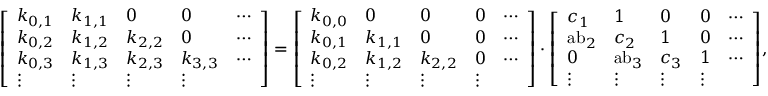
{ \left[ \begin{array} { l l l l l } { k _ { 0 , 1 } } & { k _ { 1 , 1 } } & { 0 } & { 0 } & { \cdots } \\ { k _ { 0 , 2 } } & { k _ { 1 , 2 } } & { k _ { 2 , 2 } } & { 0 } & { \cdots } \\ { k _ { 0 , 3 } } & { k _ { 1 , 3 } } & { k _ { 2 , 3 } } & { k _ { 3 , 3 } } & { \cdots } \\ { \vdots } & { \vdots } & { \vdots } & { \vdots } \end{array} \right] } = { \left[ \begin{array} { l l l l l } { k _ { 0 , 0 } } & { 0 } & { 0 } & { 0 } & { \cdots } \\ { k _ { 0 , 1 } } & { k _ { 1 , 1 } } & { 0 } & { 0 } & { \cdots } \\ { k _ { 0 , 2 } } & { k _ { 1 , 2 } } & { k _ { 2 , 2 } } & { 0 } & { \cdots } \\ { \vdots } & { \vdots } & { \vdots } & { \vdots } \end{array} \right] } \cdot { \left[ \begin{array} { l l l l l } { c _ { 1 } } & { 1 } & { 0 } & { 0 } & { \cdots } \\ { { \mathrm { a b } } _ { 2 } } & { c _ { 2 } } & { 1 } & { 0 } & { \cdots } \\ { 0 } & { { \mathrm { a b } } _ { 3 } } & { c _ { 3 } } & { 1 } & { \cdots } \\ { \vdots } & { \vdots } & { \vdots } & { \vdots } \end{array} \right] } ,